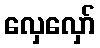
လှေလှော်